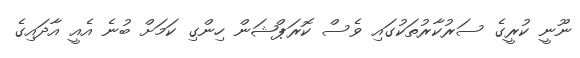
ނޫނީ ކުރީގެ ސަރުކާރުތަކުގައި ވެސް ކޮރަޕްޝަން ހިންގި ކަމަށް ބުނެ އެއީ އާދައިގެ